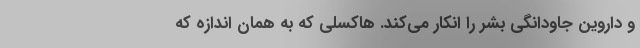
و داروین جاودانگی بشر را انکار می‌کند. هاکسلی که به همان اندازه که